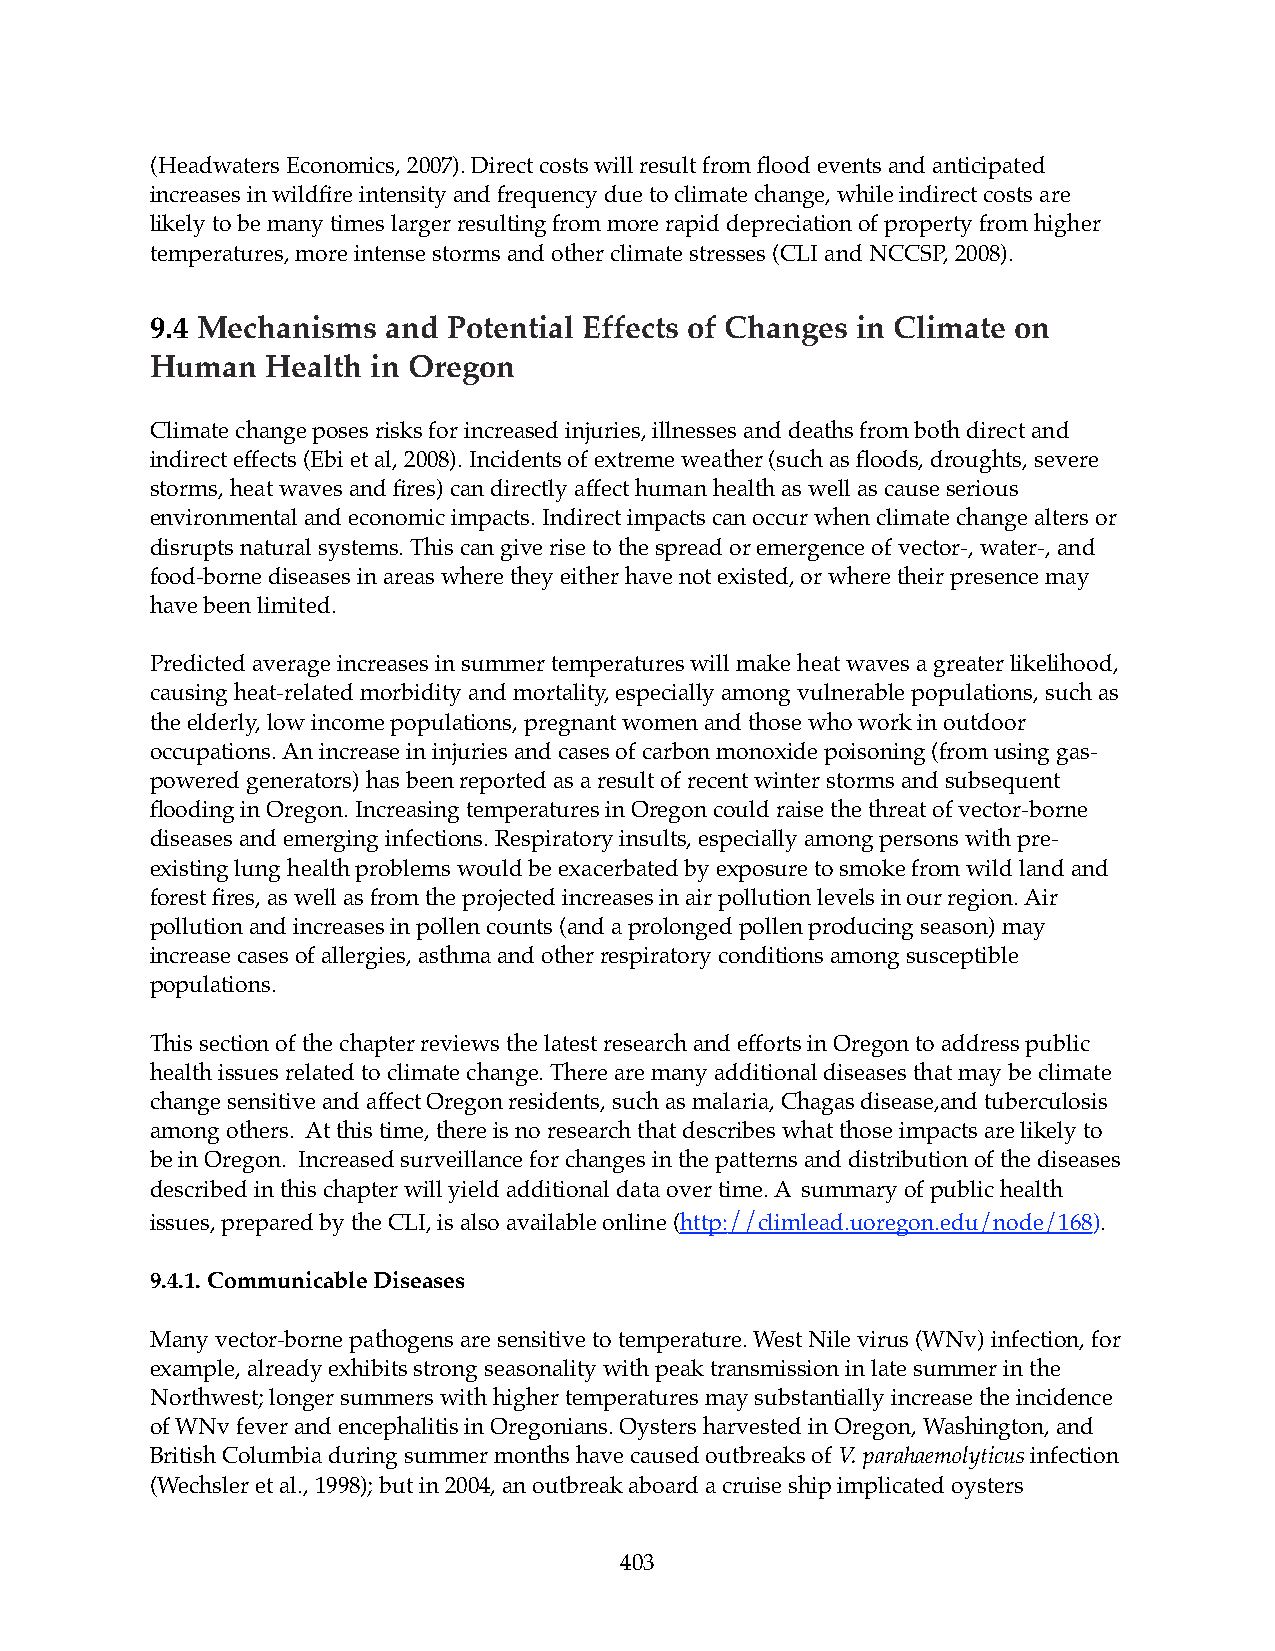
(Headwaters Economics, 2007). Direct costs will result from flood events and anticipated
 increases in wildfire intensity and frequency due to climate change, while indirect costs are
 likely to be many times larger resulting from more rapid depreciation of property from higher
 temperatures, more intense storms and other climate stresses (CLI and NCCSP, 2008).
 9.4 Mechanisms  and Potential Effects of Changes in Climate on
 Human   Health in Oregon
 Climate change poses risks for increased injuries, illnesses and deaths from both direct and
 indirect effects (Ebi et al, 2008). Incidents of extreme weather (such as floods, droughts, severe
 storms, heat waves and fires) can directly affect human health as well as cause serious
 environmental and economic impacts. Indirect impacts can occur when climate change alters or
 disrupts natural systems. This can give rise to the spread or emergence of vector-, water-, and
 food-borne diseases in areas where they either have not existed, or where their presence may
 have been limited.
 Predicted average increases in summer temperatures will make heat waves a greater likelihood,
 causing heat-related morbidity and mortality, especially among vulnerable populations, such as
 the elderly, low income populations, pregnant women and those who work in outdoor
 occupations. An increase in injuries and cases of carbon monoxide poisoning (from using gas-
 powered generators) has been reported as a result of recent winter storms and subsequent
 flooding in Oregon. Increasing temperatures in Oregon could raise the threat of vector-borne
 diseases and emerging infections. Respiratory insults, especially among persons with pre-
 existing lung health problems would be exacerbated by exposure to smoke from wild land and
 forest fires, as well as from the projected increases in air pollution levels in our region. Air
 pollution and increases in pollen counts (and a prolonged pollen producing season) may
 increase cases of allergies, asthma and other respiratory conditions among susceptible
 populations.
 This section of the chapter reviews the latest research and efforts in Oregon to address public
 health issues related to climate change. There are many additional diseases that may be climate
 change sensitive and affect Oregon residents, such as malaria, Chagas disease,and tuberculosis
 among others.! At this time, there is no research that describes what those impacts are likely to
 be in Oregon.! Increased surveillance for changes in the patterns and distribution of the diseases
 described in this chapter will yield additional data over time. A summary of public health
 issues, prepared by the CLI, is also available online (http://climlead.uoregon.edu/node/168).
 9.4.1. Communicable Diseases
 Many vector-borne pathogens are sensitive to temperature. West Nile virus (WNv) infection, for
 example, already exhibits strong seasonality with peak transmission in late summer in the
 Northwest; longer summers with higher temperatures may substantially increase the incidence
 of WNv fever and encephalitis in Oregonians. Oysters harvested in Oregon, Washington, and
 British Columbia during summer months have caused outbreaks of V. parahaemolyticus infection
 (Wechsler et al., 1998); but in 2004, an outbreak aboard a cruise ship implicated oysters
 403